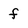
Character: f